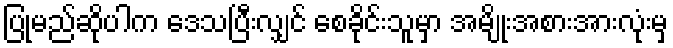
ပြုမည်ဆိုပါက ဒေသပြီးလျှင် စေခိုင်းသူမှာ အမျိုးအစားအားလုံးမှ